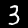
Label: 3